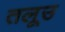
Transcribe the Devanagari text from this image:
तलूउ